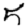
Digit: 5